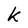
Character: k